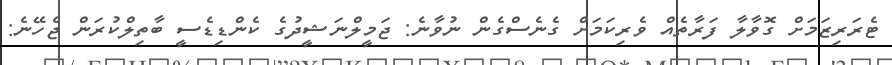
ޓެރަރިޒަމަށް ގޮވާލާ ފަރާތެއް ވެރިކަމަށް ގެނެސްގެން ނުވާނެ: ޖަމީލްނަޝީދުގެ ކެންޑިޑެސީ ބާތިލްކުރަން ޖެހޭނެ: